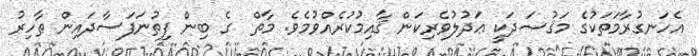
އެހަނގުރާމަތަކުގެ މަޤުޞަދަކީ ޢަދުލުވެރިކަން ޤާއިމުކުރެއްވުމެވެ. މާތް  ގެ ބިން ފިތުނަފަސާދައިން ޠާހިރު